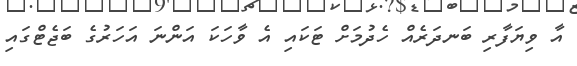
އާ ވިޔަފާރި ބަނދަރެއް ހެދުމަށް ޓަކައި އެ ވާހަކަ އަންނަ އަހަރުގެ ބަޖެޓްގައި